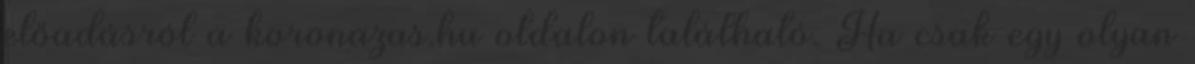
előadásról a koronazas.hu oldalon található. Ha csak egy olyan